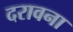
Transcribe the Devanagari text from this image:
दरावना